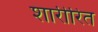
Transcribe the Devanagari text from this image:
शारीरित